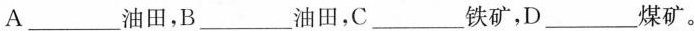
A___油田，B___油田，C___铁矿，D___煤矿。